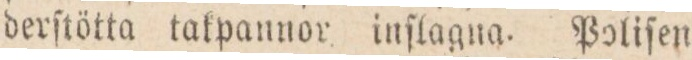
derſtötta takpannor inſlagna. Poliſen